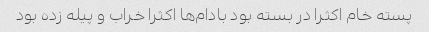
پسته خام اکثرا در بسته بود بادام‌ها اکثرا خراب و پیله زده بود